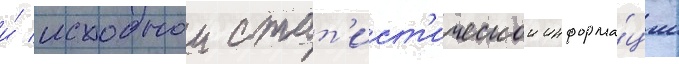
и́ исходнои стат'ист'ическои информа́ции